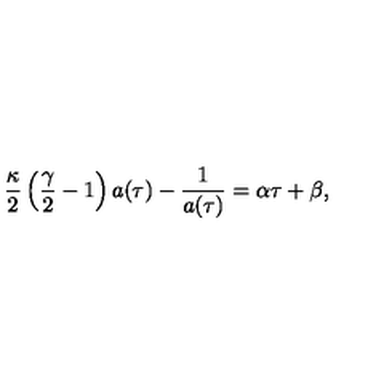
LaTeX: \frac { \kappa } { 2 } \left( \frac { \gamma } { 2 } - 1 \right) a ( \tau ) - \frac { 1 } { a ( \tau ) } = \alpha \tau + \beta ,